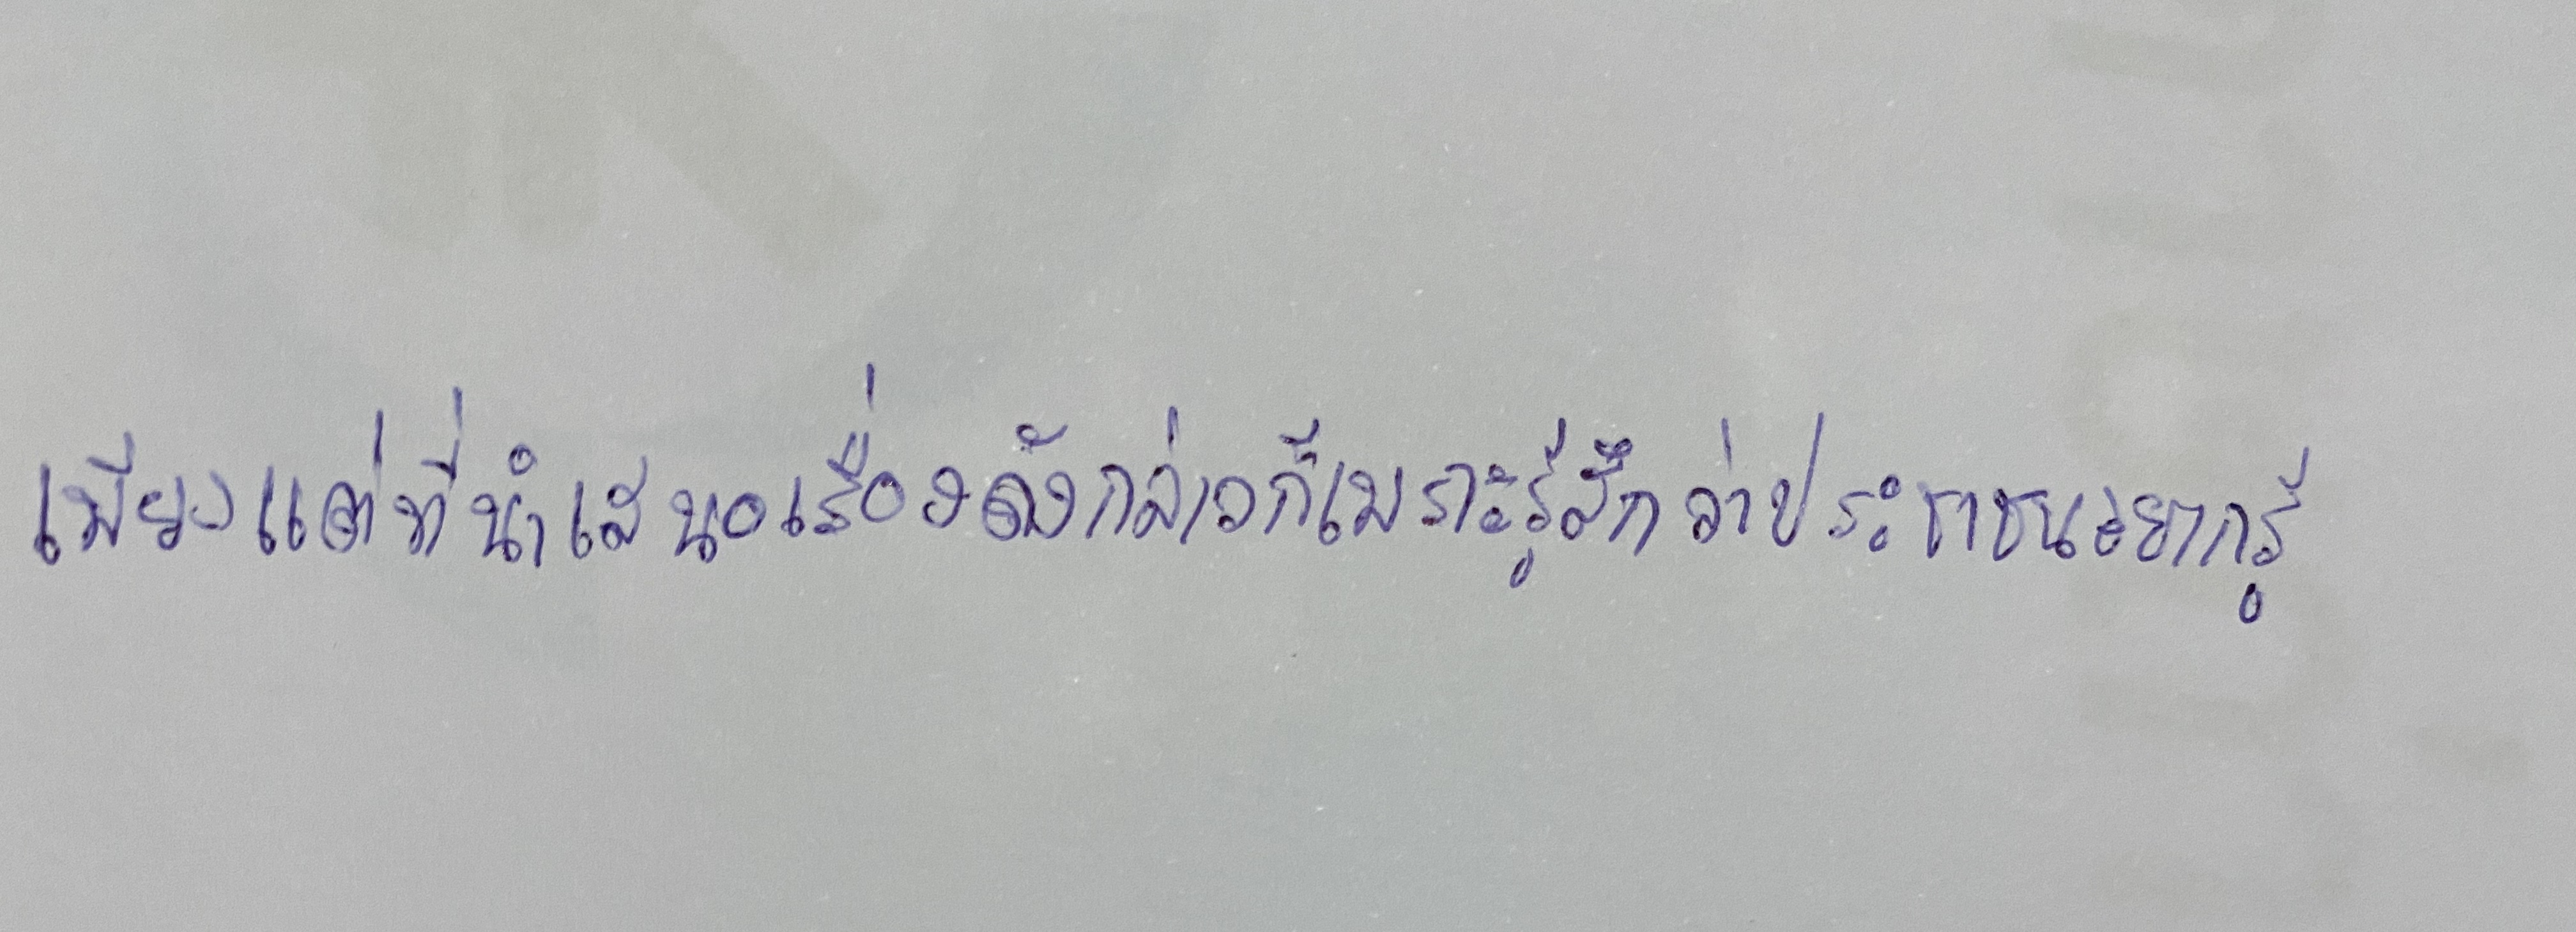
เพียงแต่ที่นำเสนอเรื่องดังกล่าวก็เพราะรู้สึกว่าประชาชนอยากรู้